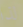
لذا